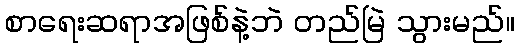
စာရေးဆရာအဖြစ်နဲ့ဘဲ တည်မြဲ သွားမည်။